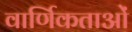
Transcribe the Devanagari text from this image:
वार्णिकताओं